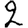
Digit: 2